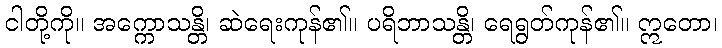
ငါတို့ကို။ အက္ကောသန္တိ၊ ဆဲရေးကုန်၏။ ပရိဘာသန္တိ၊ ရေရွတ်ကုန်၏။ ဣတော၊